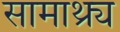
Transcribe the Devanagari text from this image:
सामाथ्र्य